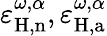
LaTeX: \varepsilon_{\mathrm{H,n}}^{\omega,\alpha},\varepsilon_{\mathrm{H,a}}^{\omega,\alpha}